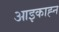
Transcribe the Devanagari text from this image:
आइकाह्न